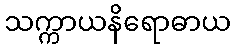
သက္ကာယနိရောဓာယ